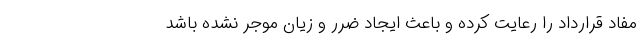
مفاد قرارداد را رعایت کرده و باعث ایجاد ضرر و زیان موجر نشده باشد